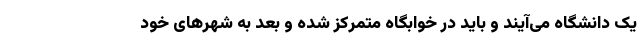
یک دانشگاه می‌آیند و باید در خوابگاه متمرکز شده و بعد به شهرهای خود